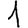
Digit: 1